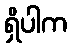
ရှိပါက